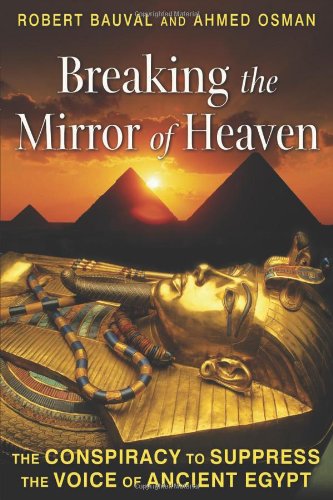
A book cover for Breaking the Mirror of Heaven: The Conspiracy to Suppress the Voice of Ancient Egypt; Robert Bauval; History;